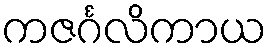
ကဇင်္ဂလိကာယ